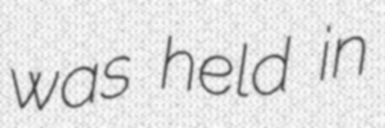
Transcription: was held in